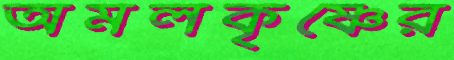
অমলকৃষ্ণের